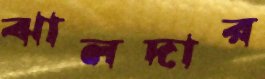
ঝালদার